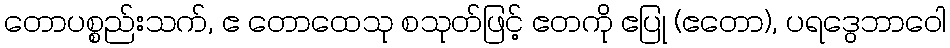
တောပစ္စည်းသက်, ဧ တောထေသု စသုတ်ဖြင့် ဧတကို ဧပြု (ဧတော), ပရဒွေဘာဝေါ